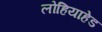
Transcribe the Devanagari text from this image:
लोहियाहेड